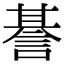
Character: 諅